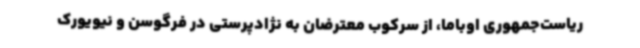
ریاست‌جمهوری اوباما، از سرکوب معترضان به نژادپرستی در فرگوسن و نیویورک